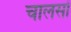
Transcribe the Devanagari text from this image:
चालसों